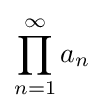
\prod _{n=1}^{\infty }a_{n}